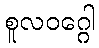
စူလဝဂ္ဂေါ